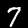
Digit: 7